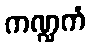
ကဏ္ဍကံ